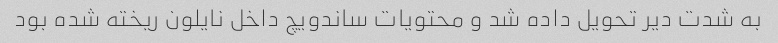
به شدت دیر تحویل داده شد و محتویات ساندویچ داخل نایلون ریخته شده بود